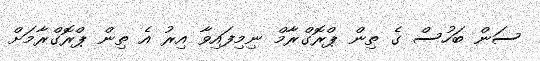
ސަން ބަހުސް ގެ ތިން ޕްރޮގްރާމް ނިމިފައިވާ އިރު އެ ތިން ޕްރޮގްރާމަށް